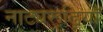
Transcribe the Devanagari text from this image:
नाट्यरूढ़ियाँ